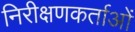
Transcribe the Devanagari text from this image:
निरीक्षणकर्ताओं